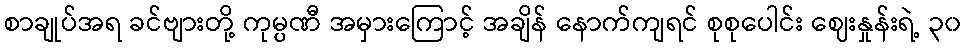
စာချုပ်အရ ခင်ဗျားတို့ ကုမ္ပဏီ အမှားကြောင့် အချိန် နောက်ကျရင် စုစုပေါင်း ဈေးနှုန်းရဲ့ ၃၀